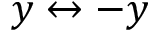
y \leftrightarrow - y